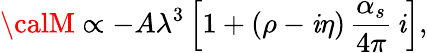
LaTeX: {\calM}\propto-A\lambda^{3}\left[1+(\rho-\mathit{i}\eta)\, {\frac{{\alpha_{s}}}{{4\pi}}}\, \mathit{i}\right],